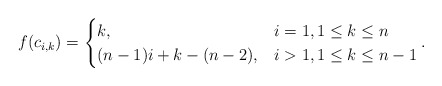
\begin{align*}f(c_{i,k}) &=\begin{cases}k, & i=1, 1 \leq k \leq n\\ (n-1)i+k-(n-2), & i>1, 1 \leq k \leq n-1 \end{cases}.\end{align*}